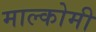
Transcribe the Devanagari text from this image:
माल्कोमी